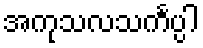
အကုသလသင်္ကပ္ပါ